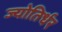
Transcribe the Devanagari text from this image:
ज्योतिर्धर